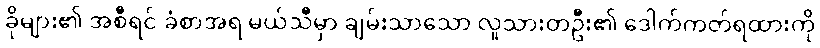
ခိုများ၏ အစီရင် ခံစာအရ မယ်သီမှာ ချမ်းသာသော လူသားတဦး၏ ဒေါက်ကတ်ရထားကို